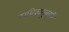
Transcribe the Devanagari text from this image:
काशिकासूत्रवृत्ति